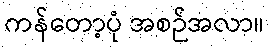
ကန်တော့ပုံ အစဉ်အလာ။